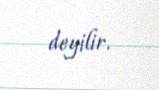
deyilir.